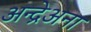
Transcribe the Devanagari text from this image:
अन्द्रेअना